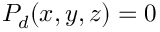
P _ { d } ( x , y , z ) = 0